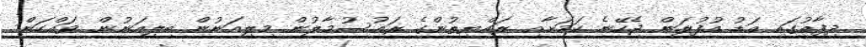
ދިފާއުގައި އަޑު އުފުލަން ޖެހޭނެ ކަމަށާއި ރައްޔިތުންގެ ރައުސުމާލުން މިލިއަނުން ބިލިއަނުން ވައްކަން